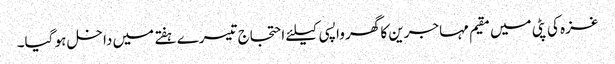
غزہ کی پٹی میں مقیم مہاجرین کا گھر واپسی کیلئے احتجاج تیسرے ہفتے میں داخل ہو گیا۔